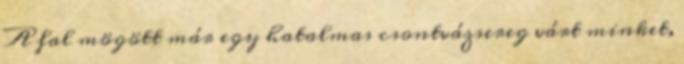
A fal mögött már egy hatalmas csontvázsereg várt minket,